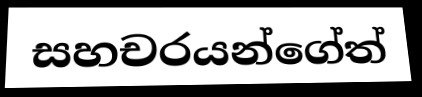
සහචරයන්ගේත්